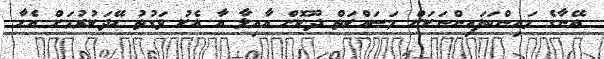
އޭނާގެ މައިންބަފައިންނަކަށް މަސައްކަތް ދޫކޮށް އާއިލާ އާ އެކު ވަގުތު ހޭދަކުރުމަށް އެހާ